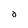
Character: a